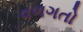
વળગતો